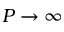
P \to \infty